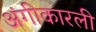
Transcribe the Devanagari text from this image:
अंगीकारली